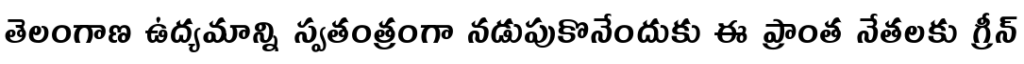
తెలంగాణ ఉద్యమాన్ని స్వతంత్రంగా నడుపుకొనేందుకు ఈ ప్రాంత నేతలకు గ్రీన్